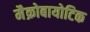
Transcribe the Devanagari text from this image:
मैक्रोबायोटिक